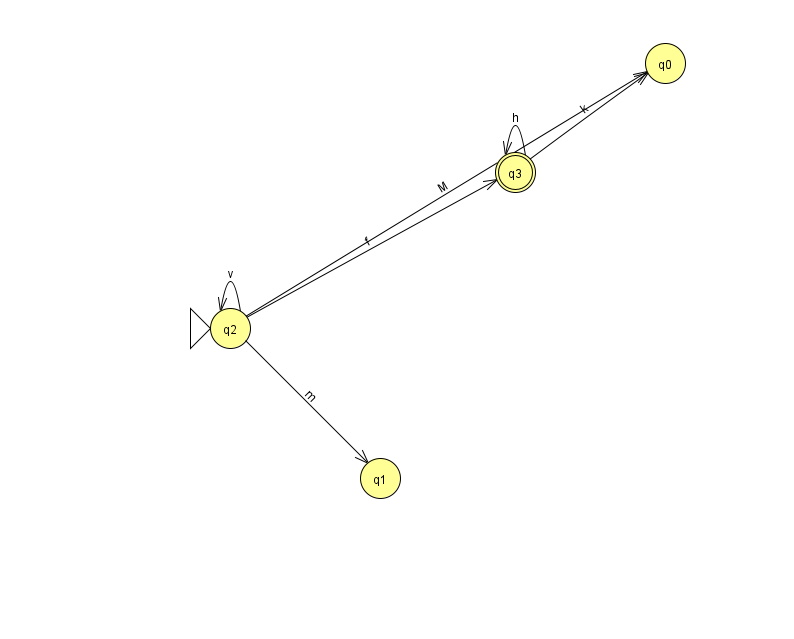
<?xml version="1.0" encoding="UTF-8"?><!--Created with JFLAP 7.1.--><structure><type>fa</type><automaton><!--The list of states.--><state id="0" name="q0"><x>665.0</x><y>50.0</y></state><state id="1" name="q1"><x>380.0</x><y>465.0</y></state><state id="2" name="q2"><x>230.0</x><y>315.0</y><initial/></state><state id="3" name="q3"><x>515.0</x><y>159.0</y><final/></state><!--The list of transitions.--><transition><from>2</from><to>2</to><read>v</read></transition><transition><from>2</from><to>3</to><read>f</read></transition><transition><from>3</from><to>3</to><read>h</read></transition><transition><from>2</from><to>1</to><read>m</read></transition><transition><from>3</from><to>0</to><read>k</read></transition><transition><from>2</from><to>0</to><read>M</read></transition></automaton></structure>